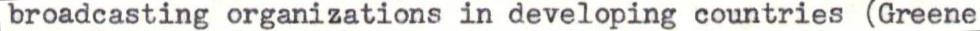
broadcasting organizations in developing countries (Greene